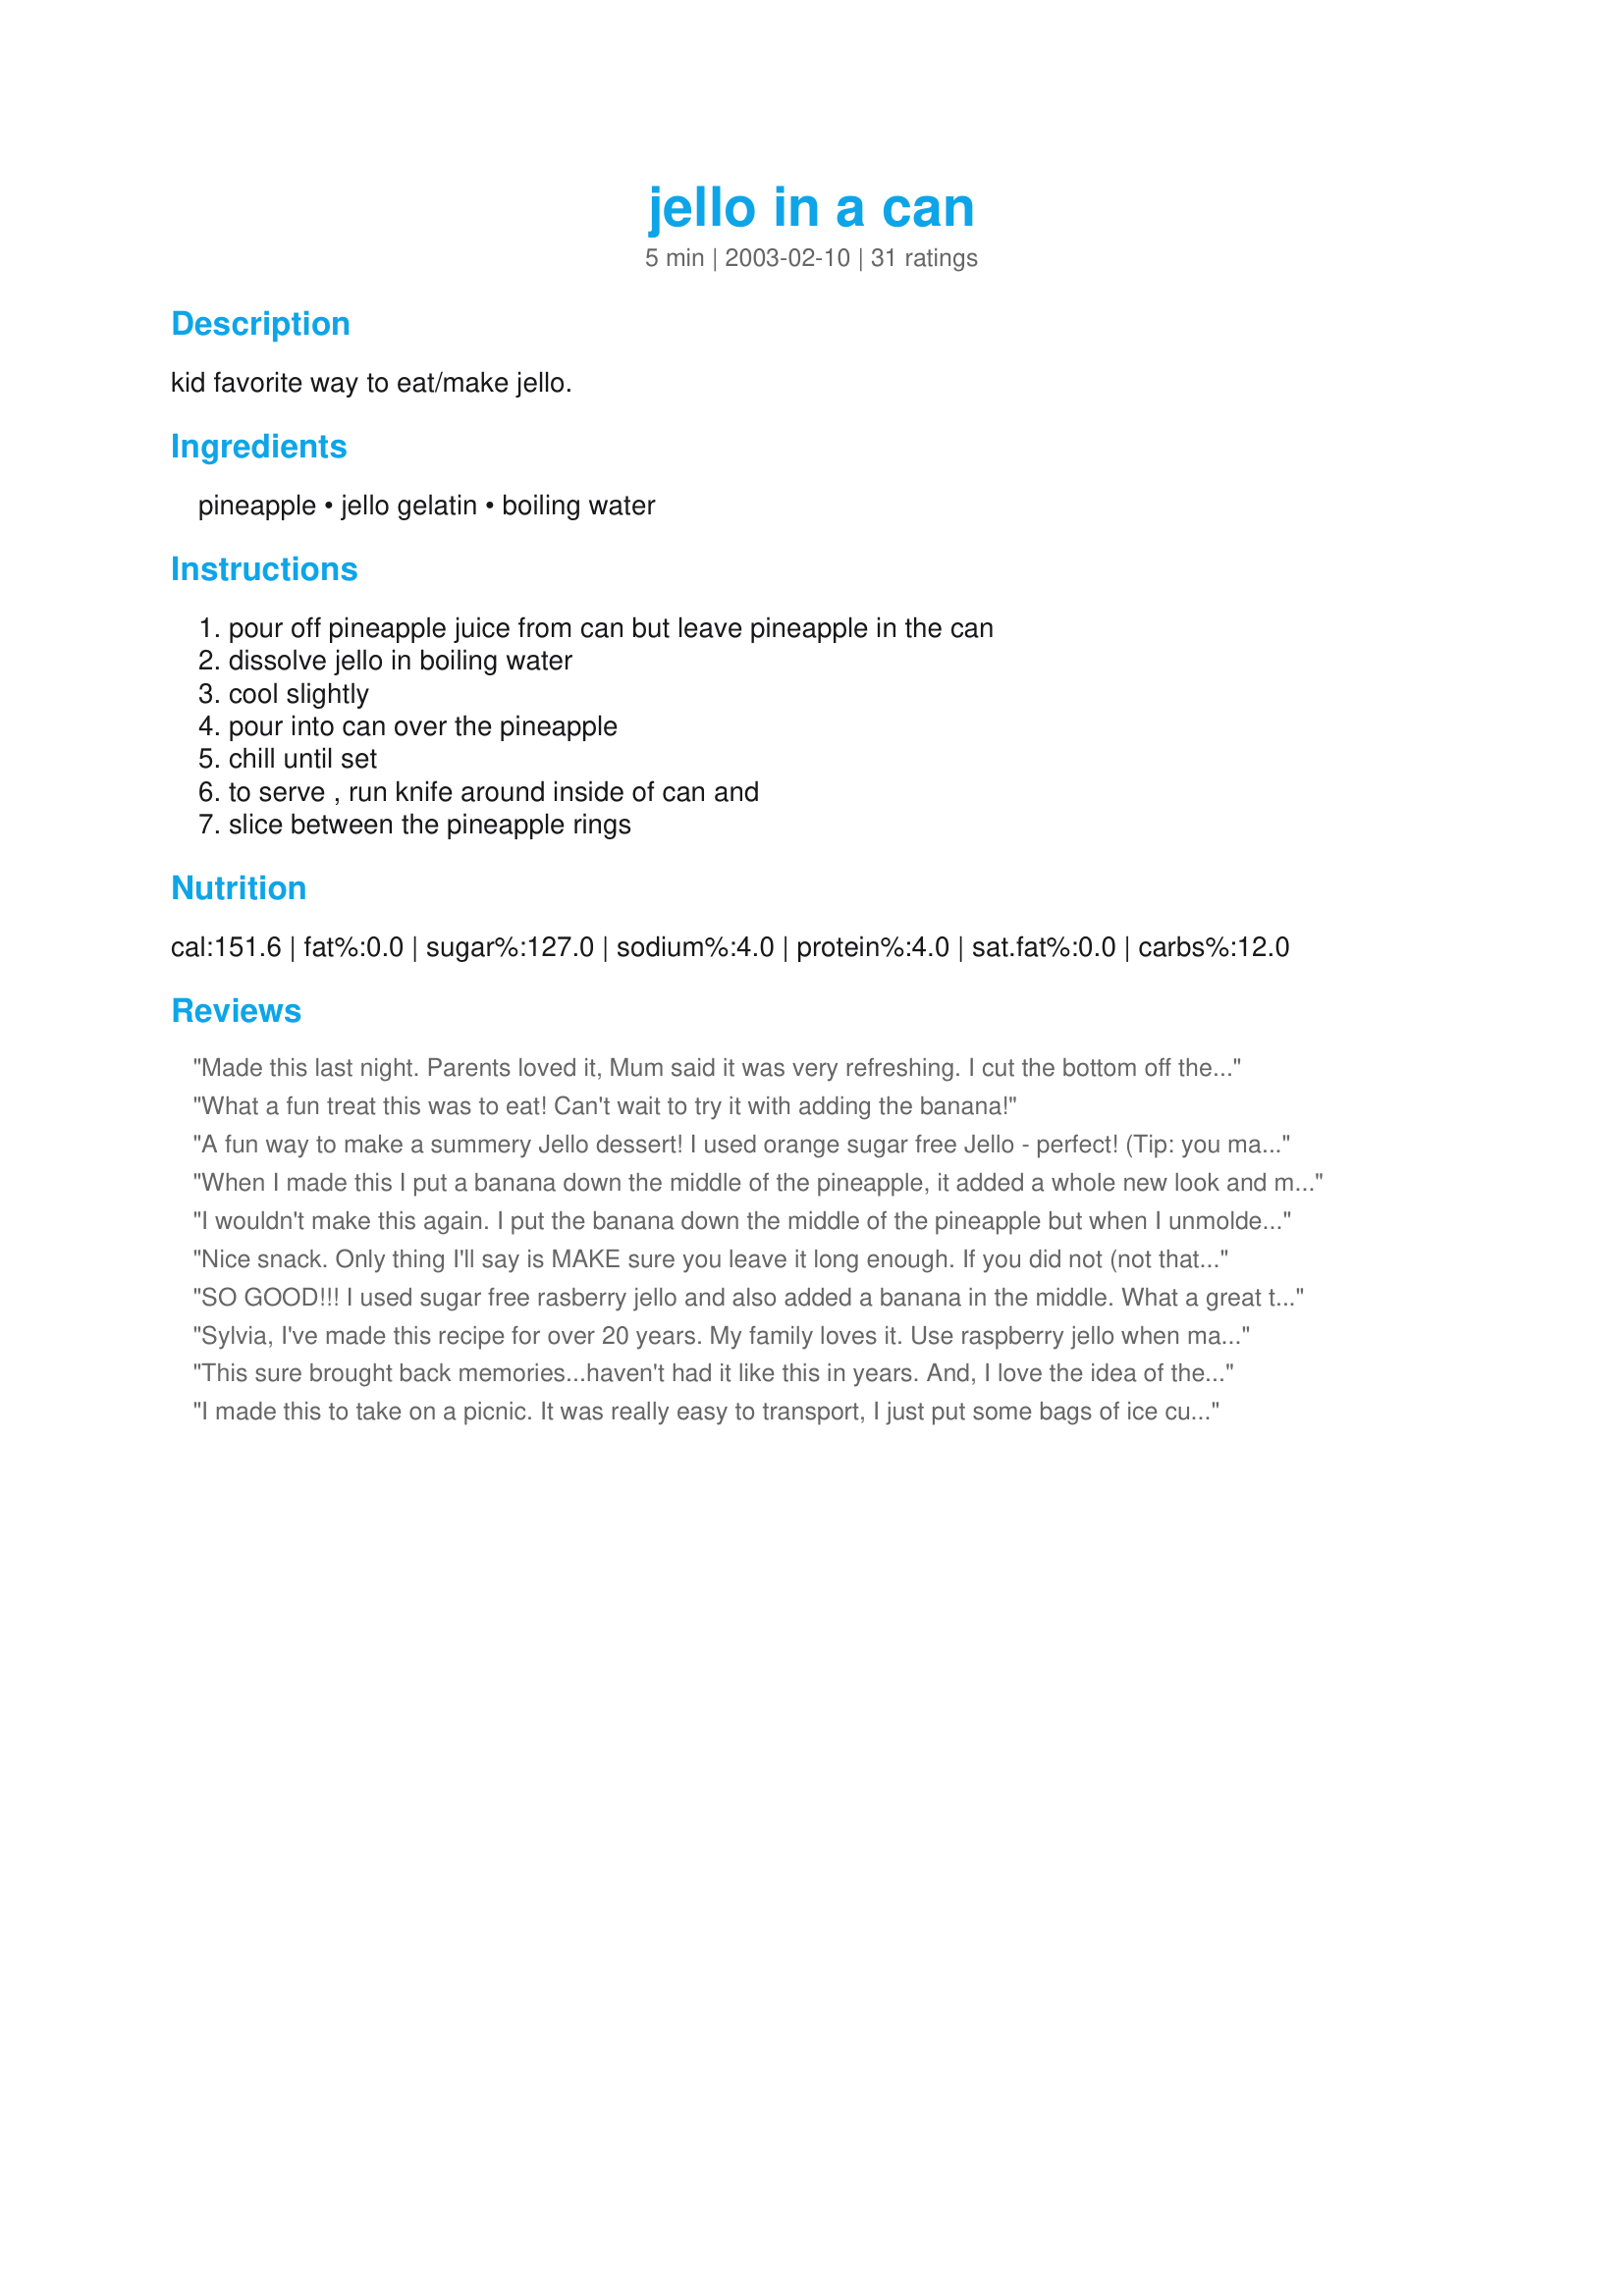
jello in a can
Preparation time: 5 minutes

kid favorite way to eat/make jello.

Ingredients:
pineapple, jello gelatin, boiling water

Steps:
pour off pineapple juice from can but leave pineapple in the can, dissolve jello in boiling water, cool slightly, pour into can over the pineapple, chill until set, to serve , run knife around inside of can and, slice between the pineapple rings

Reviews:
Made this last night. Parents loved it, Mum said it was very refreshing. I cut the bottom off the can and pushed it through and it worked fine. Thanks for posting. Miss Pixie x x x :D
What a fun treat this was to eat! Can't wait to try it with adding the banana!
A fun way to make a summery Jello dessert! I used orange sugar free Jello - perfect! (Tip: you may need to use a can opener on the bottom to get it out)
When I made this I put a banana down the middle of the pineapple, it added a whole new look and made it taste even better.
The presentation of it was awesome.
When I want to impress someone I will be making this.
Serve on a pretty plate, lined with lettuce leaves.
It was very easy to make
Can put a dollop of Cool Whip or mayo.

Theola Johnson from Iowa




I wouldn't make this again. I put the banana down the middle of the pineapple but when I unmolded the jello the pineapple was so close to each other that it was more of a pain than a treat to serve. Nope...won't try that again....
Nice snack. Only thing I'll say is MAKE sure you leave it long enough. If you did not (not that I know this from experience!!) you get a wet mess on the plate with pineapple rings!
SO GOOD!!! I used sugar free rasberry jello and also added a banana in the middle. What a great tasting treat. Thanks Laurie
Sylvia,
I've made this recipe for over 20 years. My family loves it. Use raspberry jello when making this, it is the best flavor. If use sugar free jello use two boxes and 3/4 cup water its more firm. enjoy
This sure brought back memories...haven't had it like this in years. And, I love the idea of the banana in the middle...got to give it a try. I love it with lime jello. Thanks for reminding me.
I made this to take on a picnic. It was really easy to transport, I just put some bags of ice cubes around the can. Spent the rest of the picnic answering peoples questions on how to find this internet site.
My DD made this for Thanksgiving and it's so cool. She used fat-free strawberry Jell-o and it turned out so cool! She's already talking about what flavor she'll use next time.:)Thanks for making her feel good!
This didnt turn out very attractive for me. It was plenty firm, but the knife tore it up when you ran it around the edges to get the jello out. Next time I am going to try to cut off both top and bottom of the can and maybe the results will be less mutilated-looking. Anyways, thanks for a cool recipe. I will try it again soon. :)
I enjoyed this and it couldn't be much easier. We used strawberry jello with a banana in the middle. Will probably make again and want to try other flavors.
I made this recipe for the grandkids who were visiting for Easter break. They loved it and so did everyone else! Especially my son and husband. 
It turned out great and I used a can opener on the bottom of the pull tab Dole cans, then covered them with some wrap to chill. Thanks, this is a real keeper.
How cute! I tried the technique with SF black cherry Jello which tasted surprisingly good with the pineapple. In the fridge now is the flavor of the day - lime. Thanks for the idea!
Fun and Easy - what else do you want? We used peach Jello and even the pineapple haters ate a slice!
Delicious! I made it with pineapple juice, white rum and coconut flakes to get a Pina Colada jello. Sooo good! Thank you very much for this great idea.
Easy, cheap fun dessert. I too used the pineapple juice , unsweetened from the can to make the jello. A winner for kids and everyone else.
Way Cool!!! I put maraschino cherries down the middle and used orange jello. It tasted good and looked cool!! The kids thought it was neat. Will try with other canned fruit also- hopefully the float factor won't affect too much.
You're right on with this recipe.
Never mind the gradchildren, we
grandparents got a kick out of this
recipe and, right now, have two cans
working.
loved it. especially my husband!
I had a can of pineapple rings in the pantry and wanted to use to for something... I had been craving a jello/fruit salad, so I thought this was would be easy enough. I used a pkg of sugar free cherry jello, since that's my favorite. When I poured the jello into the can of pineapples, I had a few TBS left so I made some impromtu jello shots out of that!!! I did have to use a can opener on the bottom of the can to get it to slide out, but it did slide out easily. I liked the flavor combination and sliced it into individual rings and topped each ring with some whipped cream. YUM! I really loved the creaminess with the jello. A great light dessert and snack. Thanks for a fun way for this "kid at heart" to make jello!!!
We used to make something similar, but if you use pineapple in natural juice use that to make the jelly (jello)...it is so much tastier when used with a jelly flavor that enhances the sweetness of pineapple juice.
This was a neat recipe to make. I did this with my nieces. They did everything except handle the boiling water. We did a can of raspberry Jello with mandarin oranges and a can of lime jello with maraschino cherries. Both were delicious. Thanks for sharing this unique and fun recipe.
I made this with my two little grandaughters this morning. They had so much fun making it and checking it's progress throughout the day. They were very proud of their own addition to our family dinner tonight! Thanks Laurie!
Mmmm - delicious! Having thoroughly read the reviews first I made this with the pineapple juice (I boiled it up so the jelly granules would dissolve), some extra water and white rum (to account for evaporation), and used raspberry flavour sugar-free jelly. SO GOOD! But, I have to say, very sweet when using the pineapple juice. I managed two slices of pineapple and was beaten! What a fantastic low fat (core for you weight watchers if you don't add any booze!) dessert or snack. And so easy to make too, so a definite winner all round and a keeper for sure. Thank you Laurie! 22.06.07 Just wanted to re-rate this 5 stars because I've practically lived off it since first trying it and it R*O*C*K*S!
The kids loved this! My four year-old would have eaten it all it I'd let him. Such a cute result and so easy. Used lime jello and had about 1/2c liquid (jello powder plus water) left over to which I added 1/2 cup additional water and poured into a couple of dishes for bonus jello snacks. Saw these in a Dole flyer arranged on a platter as a garnish which was something different, too. Would be fun to make several different colors. The tip about using a can opener on the other end of the can was very helpful and made getting out very easy. I bought another can of pineapple and will make these again soon. Thanks, Laurie!
Oh my, I used to make this for the kids and I haven't until I saw the review. It is a great way to serve pineapple with baked ham. Make two 
"cans", serve them in a wide relish dish and each person can have a slice. Did I say it is delicious! Yummmm.
I made this yesteday for my kids, but when my 4 yr old tasted it he hid it all to himself....lol. Next time I will make a couple because once we finally got the hijacked jello back ALL my kids enjoyed this. Very cool and refreshing, will make a very nice side this summer.
This is great! What a fun and easy idea, and it takes up less room in the fridge than a big bowl of jello!
My daughter and I enjoyed this recipe. It was a delicious (and more nutritious) snack than we sometimes have. We used sugar-free jello and it turned out fine. The only alteration we made was that since we used an easy open tab top can of pineapple we had to use a can opener on the bottom to get it out. Once we did that it just popped right out! Great recipe!
